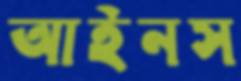
আইনস